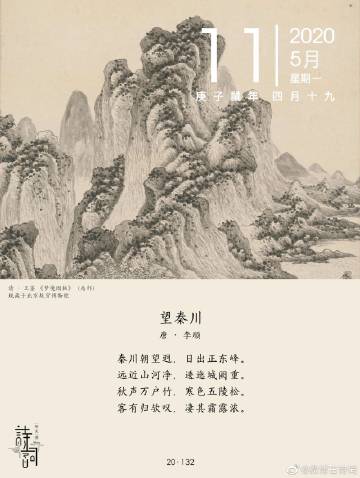
秋声万户竹，寒色五陵松。